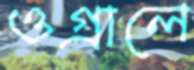
ওগ্‌রালে